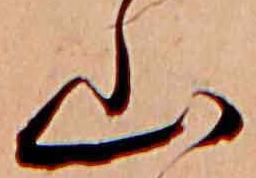
山